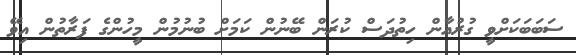
ސަބަބަކަށްވީ ގުރުއާން ހިތުދަސް ކުރަން ބޭނުން ކަމަށް ބުނުމުން މީހުންގެ ފަރާތުން އިވޭ